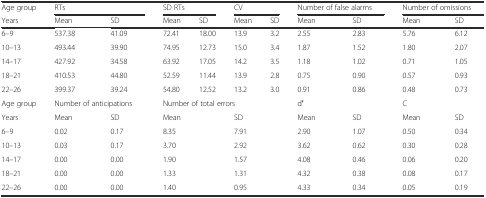
<table><thead><tr><td><b>Age group</b></td><td colspan="2"><b>RTs</b></td><td colspan="2"><b>SD RTs</b></td><td colspan="2"><b>CV</b></td><td colspan="2"><b>Number of false alarms</b></td><td colspan="2"><b>Number of omissions</b></td></tr><tr><td><b>Years</b></td><td><b>Mean</b></td><td><b>SD</b></td><td><b>Mean</b></td><td><b>SD</b></td><td><b>Mean</b></td><td><b>SD</b></td><td><b>Mean</b></td><td><b>SD</b></td><td><b>Mean</b></td><td><b>SD</b></td></tr></thead><tbody><tr><td>6–9</td><td>537.38</td><td>41.09</td><td>72.41</td><td>18.00</td><td>13.9</td><td>3.2</td><td>2.55</td><td>2.83</td><td>5.76</td><td>6.12</td></tr><tr><td>10–13</td><td>493.44</td><td>39.90</td><td>74.95</td><td>12.73</td><td>15.0</td><td>3.4</td><td>1.87</td><td>1.52</td><td>1.80</td><td>2.07</td></tr><tr><td>14–17</td><td>427.92</td><td>34.58</td><td>63.92</td><td>17.05</td><td>14.2</td><td>3.5</td><td>1.18</td><td>1.02</td><td>0.71</td><td>1.05</td></tr><tr><td>18–21</td><td>410.53</td><td>44.80</td><td>52.59</td><td>11.44</td><td>13.9</td><td>2.8</td><td>0.75</td><td>0.90</td><td>0.57</td><td>0.93</td></tr><tr><td>22–26</td><td>399.37</td><td>39.24</td><td>54.80</td><td>12.52</td><td>13.2</td><td>3.0</td><td>0.91</td><td>0.86</td><td>0.48</td><td>0.73</td></tr><tr><td>Age group</td><td colspan="2">Number of anticipations</td><td colspan="4">Number of total errors</td><td colspan="2">d′</td><td colspan="2">C</td></tr><tr><td>Years</td><td>Mean</td><td>SD</td><td colspan="2">Mean</td><td colspan="2">SD</td><td>Mean</td><td>SD</td><td>Mean</td><td>SD</td></tr><tr><td>6–9</td><td>0.02</td><td>0.17</td><td colspan="2">8.35</td><td colspan="2">7.91</td><td>2.90</td><td>1.07</td><td>0.50</td><td>0.34</td></tr><tr><td>10–13</td><td>0.03</td><td>0.17</td><td colspan="2">3.70</td><td colspan="2">2.92</td><td>3.62</td><td>0.62</td><td>0.30</td><td>0.28</td></tr><tr><td>14–17</td><td>0.00</td><td>0.00</td><td colspan="2">1.90</td><td colspan="2">1.57</td><td>4.08</td><td>0.46</td><td>0.06</td><td>0.20</td></tr><tr><td>18–21</td><td>0.00</td><td>0.00</td><td colspan="2">1.33</td><td colspan="2">1.31</td><td>4.32</td><td>0.38</td><td>0.08</td><td>0.17</td></tr><tr><td>22–26</td><td>0.00</td><td>0.00</td><td colspan="2">1.40</td><td colspan="2">0.95</td><td>4.33</td><td>0.34</td><td>0.05</td><td>0.19</td></tr></tbody></table>